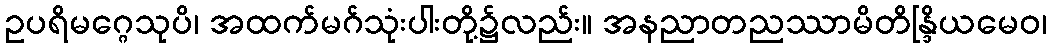
ဥပရိမဂ္ဂေသုပိ၊ အထက်မဂ်သုံးပါးတို့၌လည်း။ အနညာတညဿာမိတိန္ဒြိယမေဝ၊